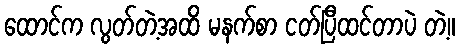
ထောင်က လွတ်တဲ့အထိ မနက်စာ ငတ်ပြီထင်တာပဲ တဲ့။